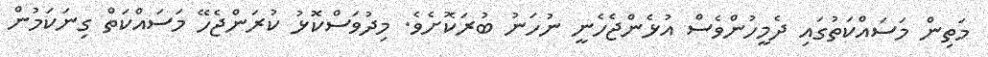
މަތިން މަސައްކަތުގައި ދެމީހުންވެސް އުޅެންޖެހެނީ ނުހަނު ބުރަކޮށެވެ. މިދުވަސްކޮޅު ކުރަންޖެހޭ މަސައްކަތް ގިނަކަމުން